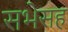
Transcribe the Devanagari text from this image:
सभेसह